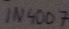
Text: 1N4007